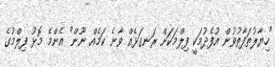
"ހިޔާލުތަފާތުވުން އުފެދުމަކީ ފިލްމަކަށް ރަނގަޅެއް ވާނެ ކަމެއް ނޫން" އެންމެ މޮޅު ފިލްމުގެ